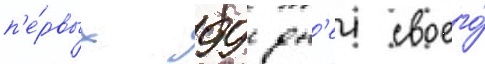
п'е́рвых 99 дн'еи своего́